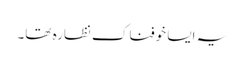
یہ ایسا خوفناک نظارہ تھا۔